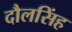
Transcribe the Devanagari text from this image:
दौलसिंह